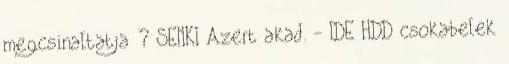
megcsinaltatja ? SENKI Azert akad. - IDE HDD csokabelek